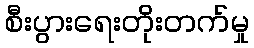
စီးပွားရေးတိုးတက်မှု